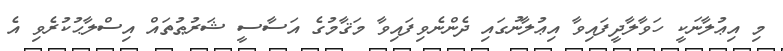
މި އިޢުލާނަކީ ހަވާލާދީފައިވާ އިޢުލާނުގައި ދެންނެވިފައިވާ މަޤާމުގެ އަސާސީ ޝަރުޠުތައް އިސްލާޙުކުރެވި އެ